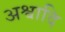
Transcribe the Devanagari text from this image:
अश्वादि